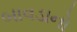
બાવડાનો